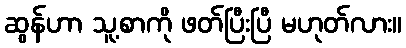
ဆွန်ဟာ သူ့စာကို ဖတ်ပြီးပြီ မဟုတ်လား။